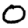
Digit: 0